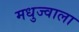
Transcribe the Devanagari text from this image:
मधुज्वाला